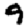
Digit: 9